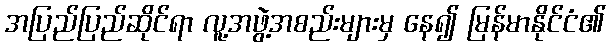
အပြည်ပြည်ဆိုင်ရာ လူ့အဖွဲ့အစည်းများမှ နေ၍ မြန်မာနိုင်ငံ၏